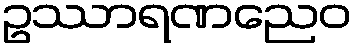
ဥဿာရဏညေဝ